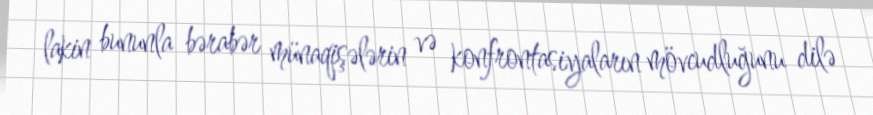
lakin bununla bərabər münaqişələrin və konfrontasiyaların mövcudluğunu dilə